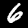
Label: 6